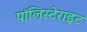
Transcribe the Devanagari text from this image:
पॉलिस्टेराइट